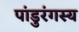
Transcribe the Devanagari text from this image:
पांडुरंगस्य